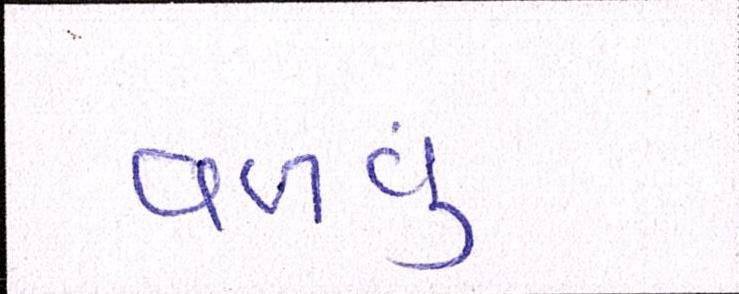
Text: વળવું